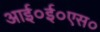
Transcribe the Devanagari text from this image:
आई०ई०एस०